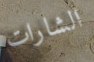
الشارات